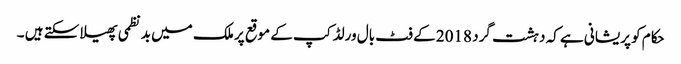
حکام کو پریشانی ہے کہ دہشت گرد 2018 کے فٹ بال ورلڈ کپ کے موقع پر ملک میں بد نظمی پھیلا سکتے ہیں ۔